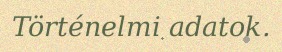
Történelmi adatok.